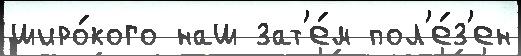
широ́кого наш зат'е́м пол'е́з'ен